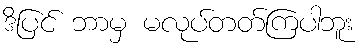
ဒိပြင် ဘာမှ မလုပ်တတ်ကြပါဘူး